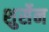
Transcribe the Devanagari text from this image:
शुर्सेन